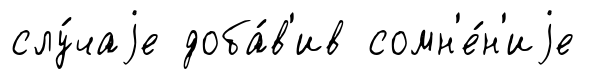
слу́чаjе доба́в'ив сомн'е́н'иjе